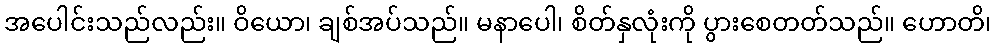
အပေါင်းသည်လည်း။ ဝိယော၊ ချစ်အပ်သည်။ မနာပေါ၊ စိတ်နှလုံးကို ပွားစေတတ်သည်။ ဟောတိ၊